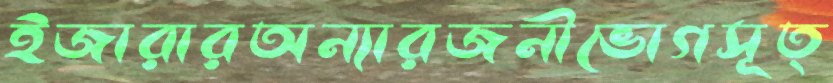
ইজারারঅন্যারজনীভোগসূত্